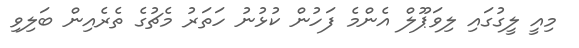
މިއީ ލީގުގައި ލިވަޕޫލް އެންމެ ފަހުން ކުޅުނު ހަތަރު މެޗުގެ ތެރެއިން ބަލިވި